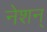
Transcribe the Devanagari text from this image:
नेशन्